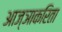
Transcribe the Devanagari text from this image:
आज्ञाकरिता